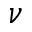
\nu